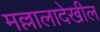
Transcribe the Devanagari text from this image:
मल्लालादेखील